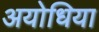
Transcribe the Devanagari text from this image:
अयोधिया